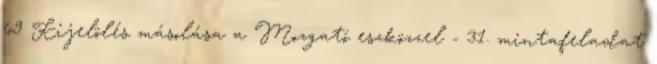
69 Kijelölés másolása a Mozgató eszközzel - 31. mintafeladat